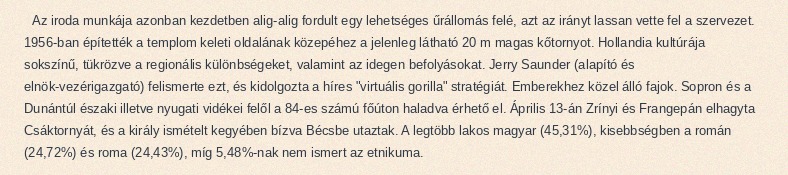
Az iroda munkája azonban kezdetben alig-alig fordult egy lehetséges űrállomás felé, azt az irányt lassan vette fel a szervezet. 1956-ban építették a templom keleti oldalának közepéhez a jelenleg látható 20 m magas kőtornyot. Hollandia kultúrája sokszínű, tükrözve a regionális különbségeket, valamint az idegen befolyásokat. Jerry Saunder (alapító és elnök-vezérigazgató) felismerte ezt, és kidolgozta a híres "virtuális gorilla" stratégiát. Emberekhez közel álló fajok. Sopron és a Dunántúl északi illetve nyugati vidékei felől a 84-es számú főúton haladva érhető el. Április 13-án Zrínyi és Frangepán elhagyta Csáktornyát, és a király ismételt kegyében bízva Bécsbe utaztak. A legtöbb lakos magyar (45,31%), kisebbségben a román (24,72%) és roma (24,43%), míg 5,48%-nak nem ismert az etnikuma.